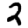
Digit: 2